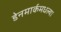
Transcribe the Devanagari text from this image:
डेनमार्कमधल्या